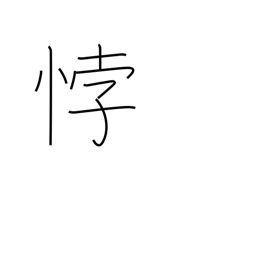
Meaning: be contrary